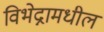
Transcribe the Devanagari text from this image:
विभेद्नामधील